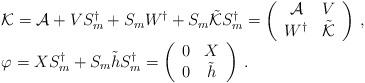
LaTeX: \begin{align*}\begin{array}{l}{\cal K}={\cal A}+VS_{m}^{\dagger}+S_{m}W^{\dagger}+S_{m}\tilde{{\cal K}}S_{m}^{\dagger}=\left(\begin{array}{cc}{\cal A}&V\\W^{\dagger}&\tilde{{\cal K}}\end{array}\right)\,,\\\varphi=XS_{m}^{\dagger}+S_{m}\tilde{h}S_{m}^{\dagger}=\left(\begin{array}{cc}0&X\\0&\tilde{h}\end{array}\right)\,.\end{array}\end{align*}